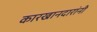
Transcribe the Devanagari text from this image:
कारखानदारांनी